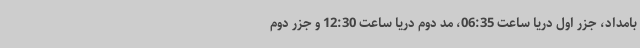
بامداد، جزر اول دریا ساعت 06:35، مد دوم دریا ساعت 12:30 و جزر دوم